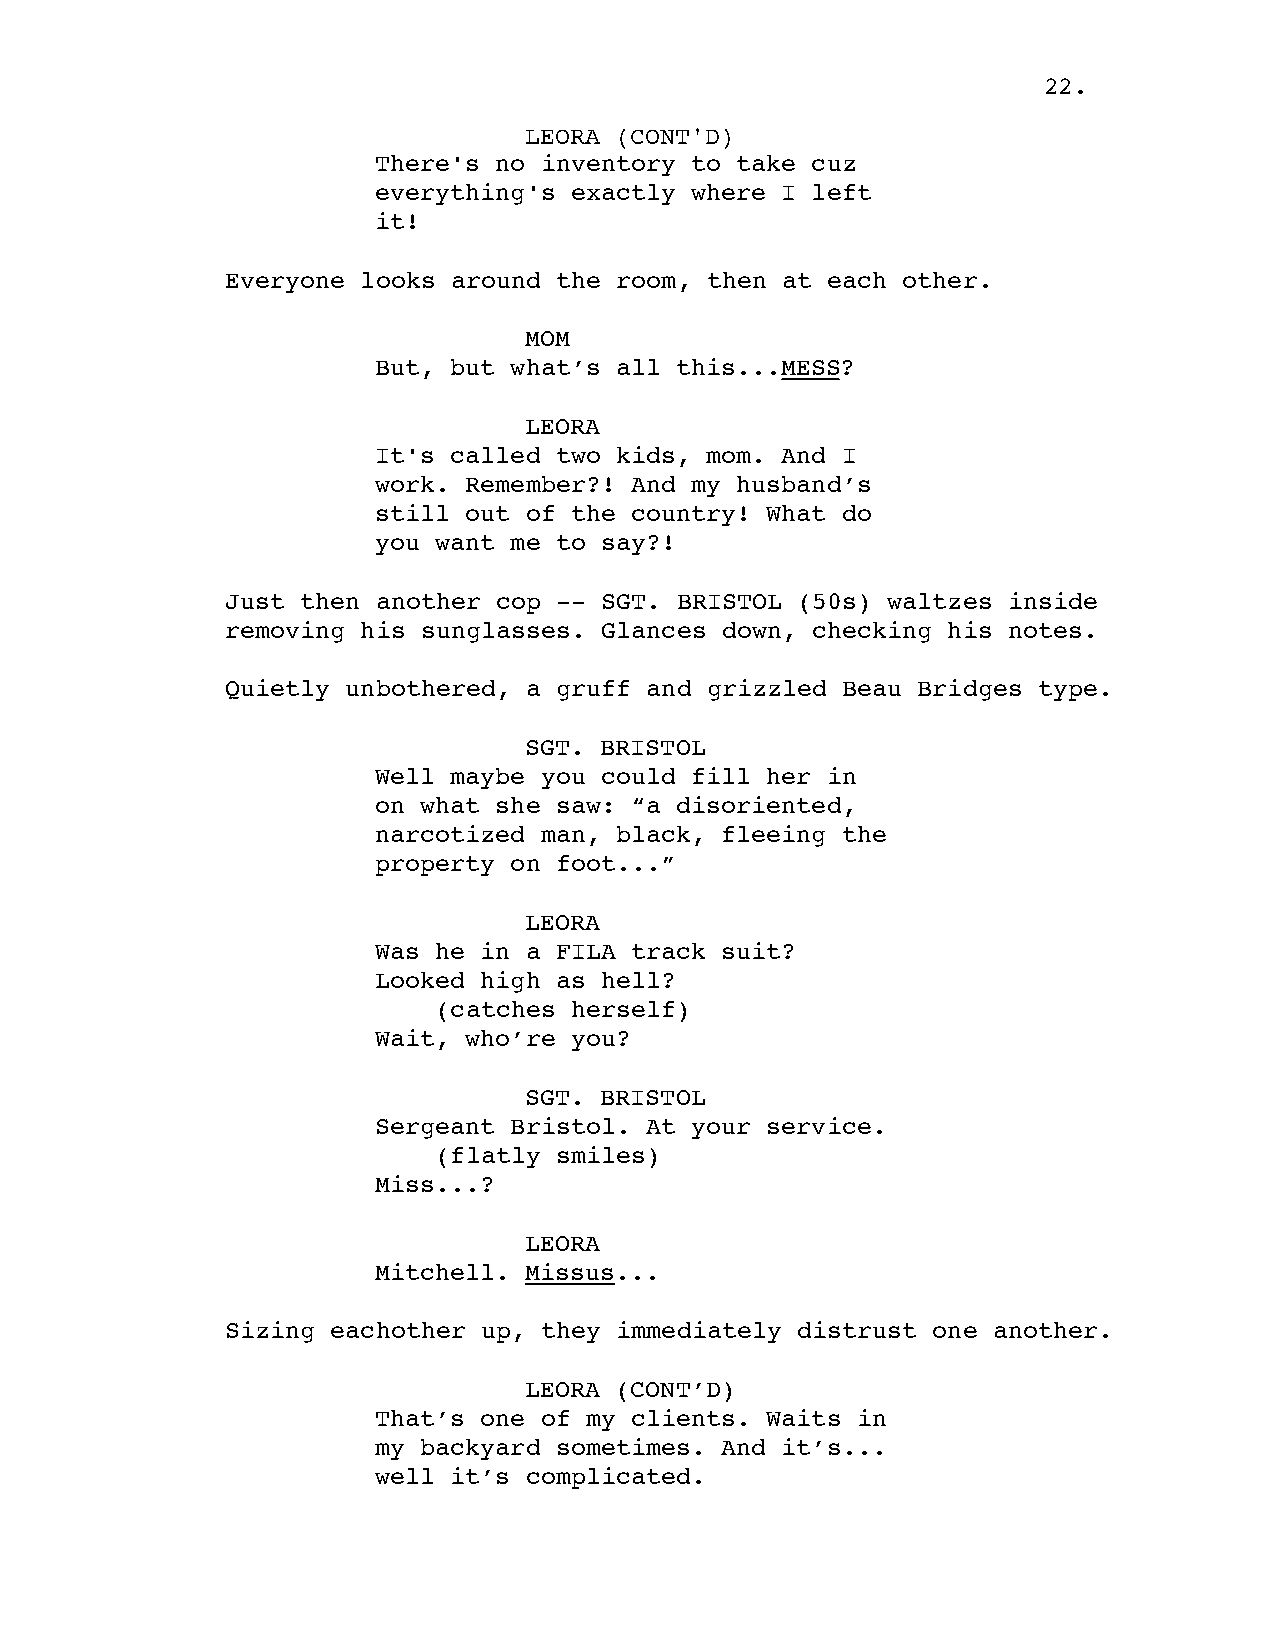
22.
 LEORA (CONT'D)
 There's no inventory to take cuz
 everything's exactly where I left
 it!
 Everyone looks around the room, then at each other.
 MOM
 But, but what’s all this...MESS?
 LEORA
 It's called two kids, mom. And I
 work. Remember?! And my husband’s
 still out of the country! What do
 you want me to say?!
 Just then another cop -- SGT. BRISTOL (50s) waltzes inside
 removing his sunglasses. Glances down, checking his notes.
 Quietly unbothered, a gruff and grizzled Beau Bridges type.
 SGT. BRISTOL
 Well maybe you could fill her in
 on what she saw: “a disoriented,
 narcotized man, black, fleeing the
 property on foot...”
 LEORA
 Was he in a FILA track suit?
 Looked high as hell?
 (catches herself)
 Wait, who’re you?
 SGT. BRISTOL
 Sergeant Bristol. At your service.
 (flatly smiles)
 Miss...?
 LEORA
 Mitchell. Missus...
 Sizing eachother up, they immediately distrust one another.
 LEORA (CONT’D)
 That’s one of my clients. Waits in
 my backyard sometimes. And it’s...
 well it’s complicated.